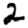
Digit: 2